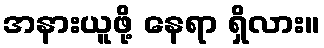
အနားယူဖို့ နေရာ ရှိလား။